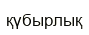
қүбырлық